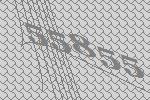
55855